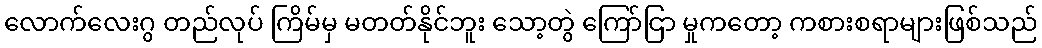
လောက်လေးဂွ တည်လုပ် ကြိမ်မှ မတတ်နိုင်ဘူး သော့တွဲ ကြော်ငြာ မှုကတော့ ကစားစရာများဖြစ်သည်